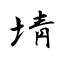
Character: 埥